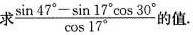
求$$\frac { \sin 4 7 ° - \sin 1 7 ° \cos 3 0 ° } { \cos 1 7 ° }$$的值 .